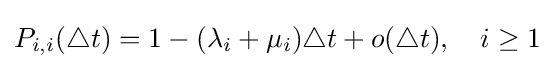
P_{i,i}(\triangle t)=1-(\lambda _{i}+\mu _{i})\triangle t+o(\triangle t),\quad i\geq 1